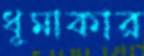
ধূমাকার